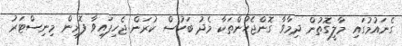
ގެނައުމުގައި މާލީގޮތުން ދިމާވާ ގޮންޖެހުންތަކާ މެދު ބަހުސް ކުރަން ޖެހިފައިވާ ފޮރިން މިނިސްޓަރު